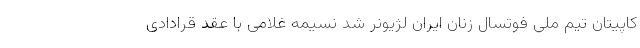
کاپیتان تیم ملی فوتسال زنان ایران لژیونر شد نسیمه غلامی با عقد قرادادی